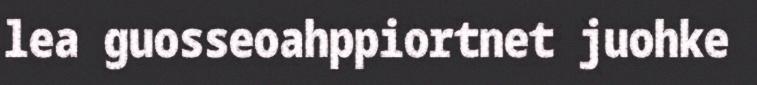
lea guosseoahppiortnet juohke